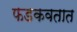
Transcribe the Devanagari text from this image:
फडकवतात